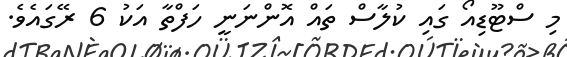
މި ސްޓޫޑިއޯ ގައި ކުލާސް ތައް އޮންނަނީ ހަފްތާ އަކު 6 ރޭގައެވެ.